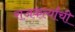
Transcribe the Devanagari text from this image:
राजकर्त्यांची